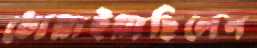
ধোয়াইয়াছিলেন